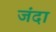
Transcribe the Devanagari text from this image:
जंदा